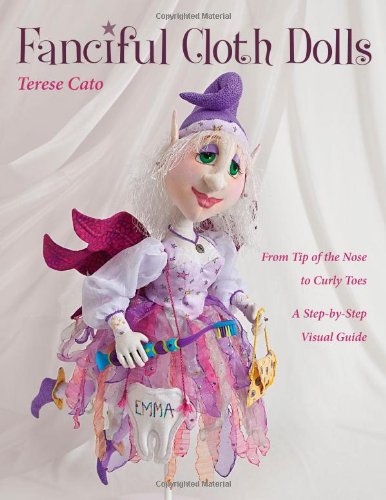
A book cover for Fanciful Cloth Dolls: From Tip of the Nose to Curly ToesStep-by-Step Visual Guide; Terese Cato; Crafts, Hobbies & Home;